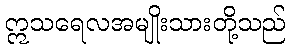
ဣသရေလအမျိုးသားတို့သည်